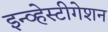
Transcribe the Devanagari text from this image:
इन्व्हेस्टीगेशन